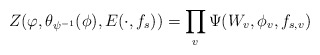
\begin{align*}Z(\varphi, \theta_{\psi^{-1}}(\phi), E(\cdot, f_s))=\prod_v\Psi(W_v, \phi_v, f_{s,v})\end{align*}